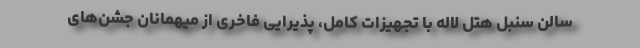
سالن سنبل هتل لاله با تجهیزات کامل، پذیرایی فاخری از میهمانان جشن‌های